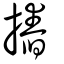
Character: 摏